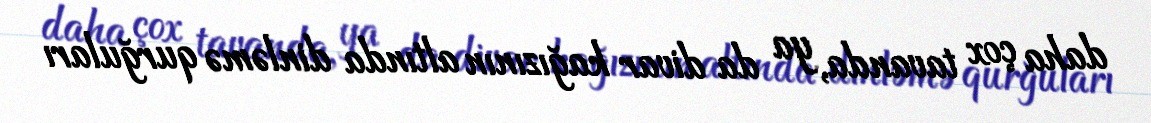
daha çox tavanda, ya da divar kağızının altında dinləmə qurğuları